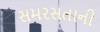
સમરસતાની